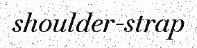
shoulder-strap